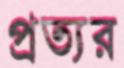
প্রত্যর